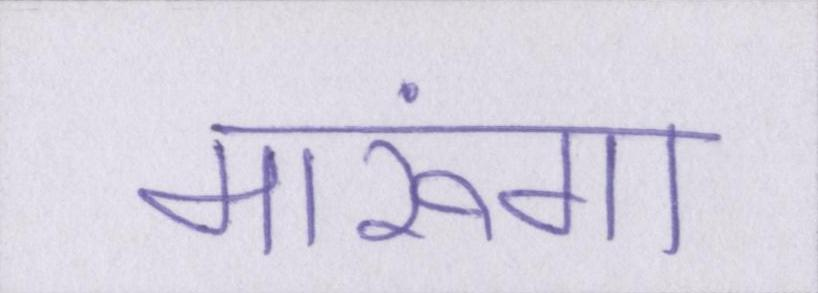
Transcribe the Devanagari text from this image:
मारूंगा